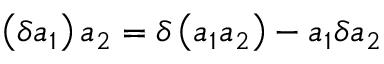
\left( \delta a _ { 1 } \right) a _ { 2 } = \delta \left( a _ { 1 } a _ { 2 } \right) - a _ { 1 } \delta a _ { 2 }